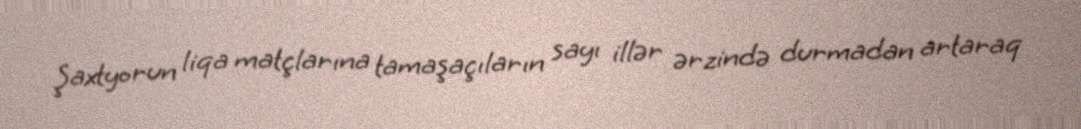
Şaxtyorun liqa matçlarına tamaşaçıların sayı illər ərzində durmadan artaraq